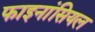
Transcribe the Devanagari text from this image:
फाइनांसियल